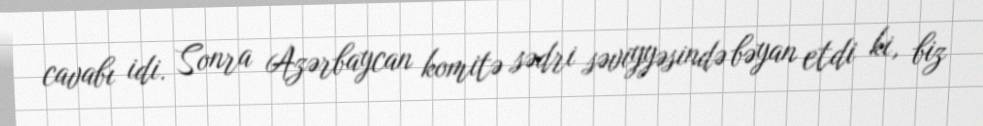
cavabı idi. Sonra Azərbaycan komitə sədri səviyyəsində bəyan etdi ki, biz